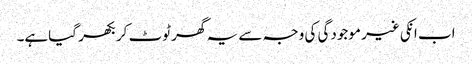
اب انکی غیر موجودگی کی وجہ سے یہ گھر ٹوٹ کر بکھر گیاہے۔